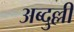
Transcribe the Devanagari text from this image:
अब्दुल्ली